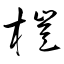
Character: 榿